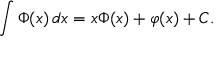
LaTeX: \int \Phi ( x ) \, d x = x \Phi ( x ) + \varphi ( x ) + C .